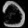
Digit: ၁